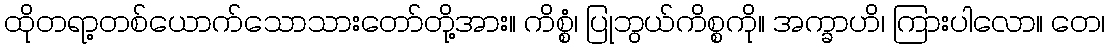
ထိုတရာ့တစ်ယောက်သောသားတော်တို့အား။ ကိစ္စံ၊ ပြုဘွယ်ကိစ္စကို။ အက္ခာဟိ၊ ကြားပါလော။ တေ၊